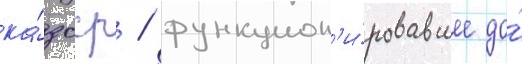
ка́зсср / функцион'и́ровавшее до́